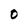
Character: 0